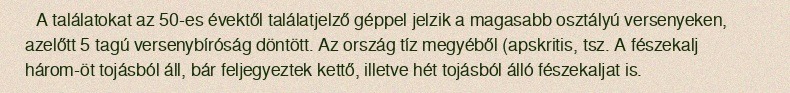
A találatokat az 50-es évektől találatjelző géppel jelzik a magasabb osztályú versenyeken, azelőtt 5 tagú versenybíróság döntött. Az ország tíz megyéből (apskritis, tsz. A fészekalj három-öt tojásból áll, bár feljegyeztek kettő, illetve hét tojásból álló fészekaljat is.